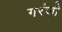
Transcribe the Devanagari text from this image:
गरंजी